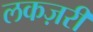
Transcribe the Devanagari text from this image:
लकज़री